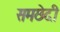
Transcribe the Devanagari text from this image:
समछेदी